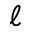
\ell